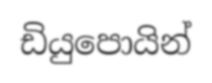
ඩියුපොයින්